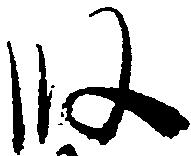
段